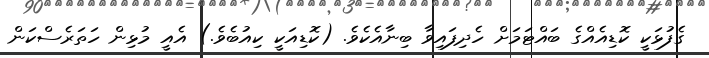
ގެފުޅަކީ ކޮޑިއެއްގެ ބައްޓަމަށް ހެދިފައިވާ ބިނާއެކެވެ. (ކޮޑިއަކީ ކިއުބެވެ.) އެއީ މުޅިން ހަތަރެސްކަން